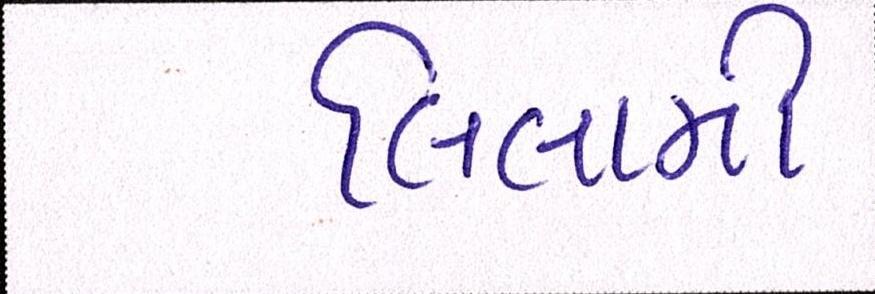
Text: લિલામી